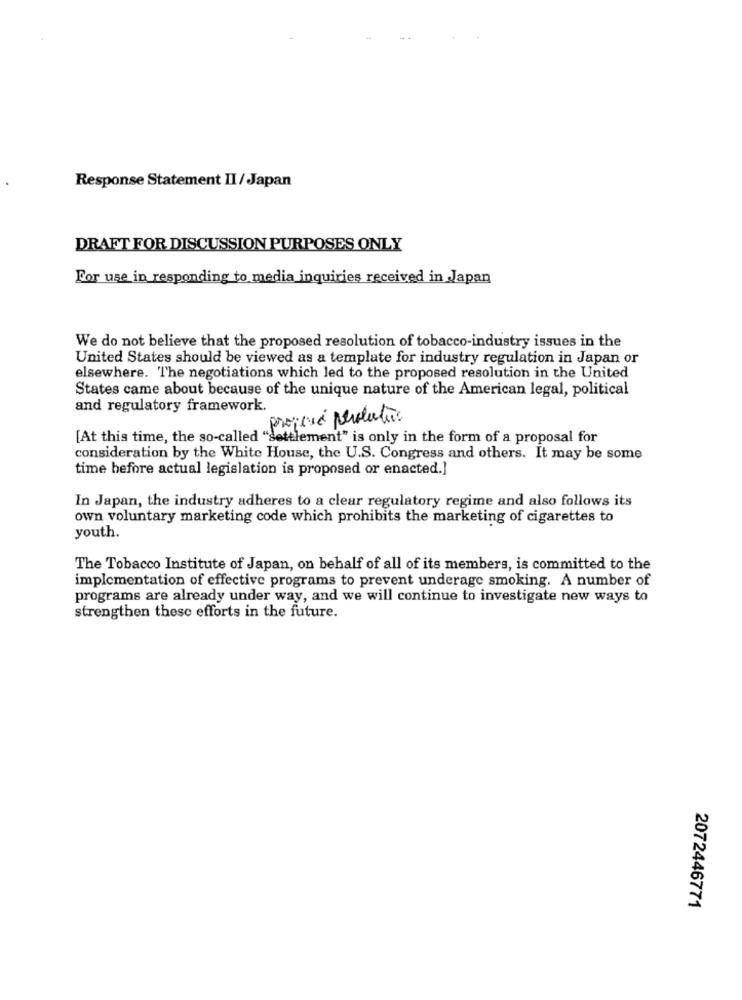
Response Statement II / Japan
DRAFT FOR DISCUSSION PURPOSES ONLY
For use in responding to media inquiries received in Japan
We do not believe that the proposed resolution of tobacco-industry issues in the
United States should be viewed as a template for industry regulation in Japan or
elsewhere. The negotiations which led to the proposed resolution in the United
States came about because of the unique nature of the American legal, political
and regulatory framework.
projeté perolection
[At this time, the so-called "settlement" is only in the form of a proposal for
consideration by the White House, the U.S. Congress and others. It may be some
time before actual legislation is proposed or enacted.]
In Japan, the industry adheres to a clear regulatory regime and also follows its
own voluntary marketing code which prohibits the marketing of cigarettes to
youth.
The Tobacco Institute of Japan, on behalf of all of its members, is committed to the
implementation of effective programs to prevent underage smoking. A number of
programs are already under way, and we will continue to investigate new ways to
strengthen these efforts in the future.
2072446771